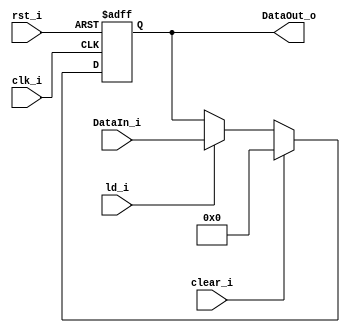
module Register #(
    parameter SIZE = 10
) (
    clk_i,
    rst_i,
    ld_i,
    clear_i,
    DataIn_i,
    DataOut_o
);

    input clk_i, rst_i, ld_i, clear_i;
    input [SIZE-1:0] DataIn_i;
    output reg [SIZE-1:0] DataOut_o;

    always @(posedge clk_i, posedge rst_i) begin
        if (rst_i) begin
            DataOut_o <= 0;
        end else if (clear_i) begin
            DataOut_o <= 0;
        end else if (ld_i) begin
            DataOut_o <= DataIn_i;
        end
    end
    
endmodule